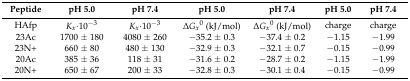
<table><thead><tr><td><b>Peptide</b></td><td><b>pH 5.0</b></td><td><b>pH 7.4</b></td><td><b>pH 5.0</b></td><td><b>pH 7.4</b></td><td><b>pH 5.0</b></td><td><b>pH 7.4</b></td></tr></thead><tbody><tr><td>HAfp</td><td><i>K<sub>x</sub></i>·10<sup>−3</sup></td><td><i>K<sub>x</sub></i>·10<sup>−3</sup></td><td>Δ<i>G<sub>x</sub></i><sup>0</sup> (kJ/mol)</td><td>Δ<i>G<sub>x</sub></i><sup>0</sup> (kJ/mol)</td><td>charge</td><td>charge</td></tr><tr><td>23Ac</td><td>1700 ± 180</td><td>4080 ± 260</td><td>−35.2 ± 0.3</td><td>−37.4 ± 0.2</td><td>−1.15</td><td>−1.99</td></tr><tr><td>23N+</td><td>660 ± 80</td><td>480 ± 130</td><td>−32.9 ± 0.3</td><td>−32.1 ± 0.7</td><td>−0.15</td><td>−0.99</td></tr><tr><td>20Ac</td><td>385 ± 36</td><td>118 ± 31</td><td>−31.6 ± 0.2</td><td>−28.7 ± 0.2</td><td>−1.15</td><td>−1.99</td></tr><tr><td>20N+</td><td>650 ± 67</td><td>200 ± 33</td><td>−32.8 ± 0.3</td><td>−30.1 ± 0.4</td><td>−0.15</td><td>−0.99</td></tr></tbody></table>